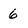
Character: 6